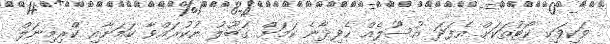
ވަކިވަކި ކޯޓުތަކަށް އެފަދަ އުސޫލެއް ހެދިދާނެ ކަމަށް ގަބޫލު ނުކުރައްވާ ކަމަށާއި ކްރިމިނަލް